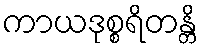
ကာယဒုစ္စရိတန္တိ